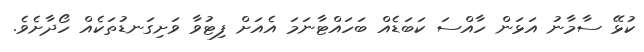
ކުޅޭ ސާމާނު އަޅަން ހާއްސަ ކަބަޑެއް ބަހައްޓާނަމަ އެއަށް ފިޓުވާ ވަށިގަނޑުތަކެއް ހޯދާށެވެ.